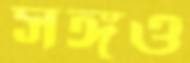
সঙ্গও